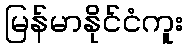
မြန်မာနိုင်ငံကူး